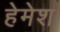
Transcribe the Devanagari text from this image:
हेमेश